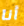
أنا